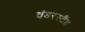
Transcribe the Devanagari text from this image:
वंडरस्टैंड